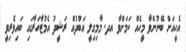
އެހީއަށް ބޭނުންވާ މީހެއް ކަމަށްވާ އދ. މާމިގިލީ އަބްދުއް ރަޝީދު އެމުޒާހަރާގައި ބައިވެރިވީ